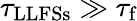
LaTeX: \tau_{\textrm{LLFSs}}\gg\tau_{\textrm{f}}